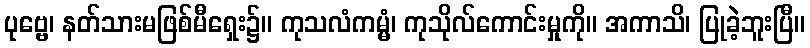
ပုဗ္ဗေ၊ နတ်သားမဖြစ်မီရှေး၌။ ကုသလံကမ္မံ၊ ကုသိုလ်ကောင်းမှုကို။ အကာသိ၊ ပြုခဲ့ဘူးပြီ။